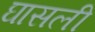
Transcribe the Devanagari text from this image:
घासली